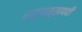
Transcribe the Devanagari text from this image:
राष्ट्रप्रमूखपदी